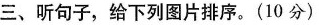
三、听句子，给下列图片排序。(10分)